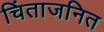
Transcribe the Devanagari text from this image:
चिंताजनित